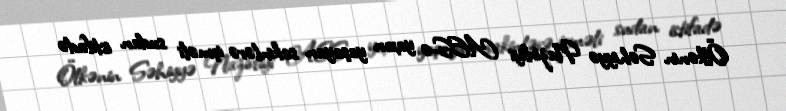
Ölkənin Səhiyyə Nazirliyi AES-ə yaxın yaşayan sakinlərə içməli sudan istifadə